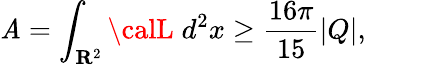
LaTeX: \mathit{A}=\int_{{\mathbf{R}}^{2}}{\calL}\; d^{2}x\geq\frac{{16\pi}}{{15}}|Q|,\; \; \; \; \; \; \; \; \; \;